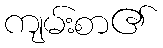
ကျမ်းစာ၏